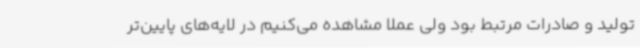
تولید و صادرات مرتبط بود ولی عملاً مشاهده می‌کنیم در لایه‌های پایین‌تر